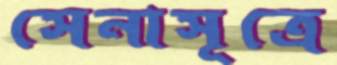
সেনাসূত্রে